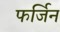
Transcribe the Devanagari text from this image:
फर्जिन